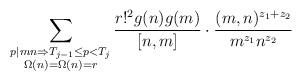
LaTeX: \begin{align*}\sum_{\substack{p \mid mn \Rightarrow T_{j-1}\leq p < T_j \\ \Omega(n) = \Omega(n) = r }}\frac{r!^2 g(n) g(m)}{[n,m]} \cdot \frac{(m,n)^{z_1 + z_2}}{m^{z_1} n^{z_2}}\end{align*}